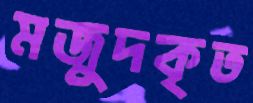
মজুদকৃত